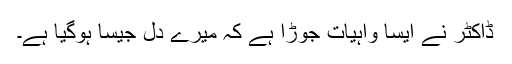
ڈاکٹر نے ایسا واہیات جوڑا ہے کہ میرے دل جیسا ہوگیا ہے۔